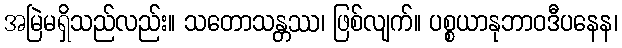
အမြဲမရှိသည်လည်း။ သတောသန္တဿ၊ ဖြစ်လျက်။ ပစ္စယာနုဘာဝဒီပနေန၊